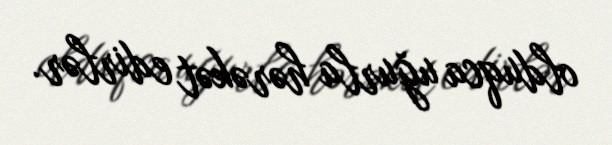
olduqca uğurla hərəkət edirlər.